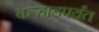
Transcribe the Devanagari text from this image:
कर्‍हाडपर्यंत